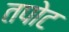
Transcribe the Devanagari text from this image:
तपोट